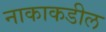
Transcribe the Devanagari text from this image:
नाकाकडील